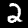
Digit: 2